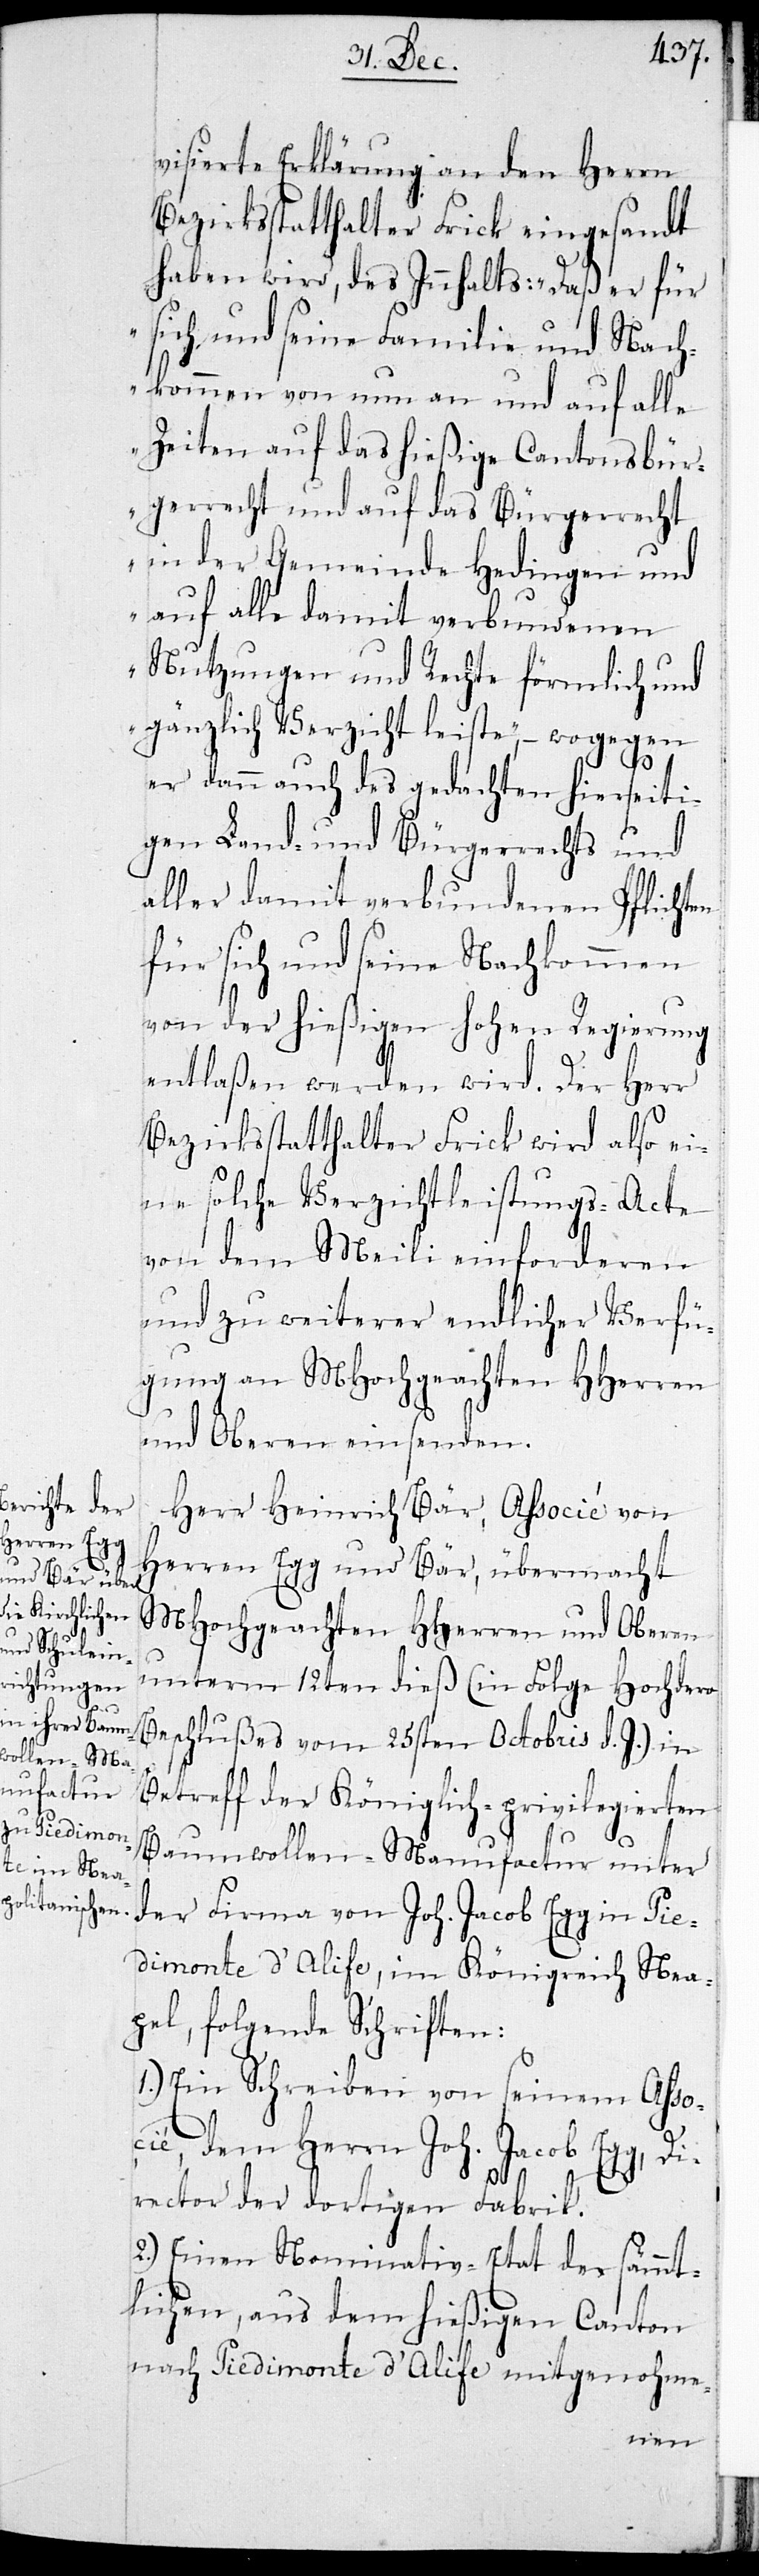
errecht

visierte Erklärung an den Herrn
Bezirksstatthalter Frick eingesandt
haben wird, des Innhalts: „daß er für
sich und seine Familie und Nach¬
kommen von nun an und auf alle
Zeiten auf das hießige Cantonsbürg¬
in der Gemeinde Hedingen und
auf alle damit verbundenen
Nutzungen und Rechte förmlich und
gänzlich Verzicht leiste“, – wogegen
er dann auch des gedachten hierseiti¬
gen Land- und Bürgerrechts und
aller damit verbundenen Pflichten
für sich und seine Nachkommen
von der hießigen Hohen Regierung
entlaßen werden wird. Der Herr
Bezirksstatthalter Frick wird also ei¬
ne solche Verzichtleistungs-Acte
von dem Meili einforderen
und zu weiterer endlichen Verfü¬
gung an MHochgeachten HHerren
und Oberen einsenden.
Herr Heinrich Bär, Associé von
Herren Egg und Bär, übermacht
MHochgeachten HHerren und Oberen
unterm 12ten dieß (in Folge Hochdero
Beschlußes vom 25sten Octobris d. J.) in
Betreff der Königlich-privilegierten
Baumwollen-Manufactur unter
der Firma von Joh. Jacob Egg in Pie¬
dimonte d’Alife, im Königreich Nea¬
pel, folgende Schriften:
1.) Ein Schreiben von seinem Aßo¬
cié, dem Herrn Joh. Jacob Egg, Di¬
rector der dortigen Fabrik.
2.) Einen Nominativ-Etat der sämmt¬
lichen, aus dem hießigen Canton
nach Piedimonte d’Alife mitgenohme-